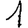
Digit: 1